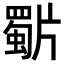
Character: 𭷍